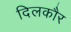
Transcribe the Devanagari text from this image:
दिलकौर